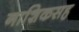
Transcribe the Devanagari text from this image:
नाशिकसह